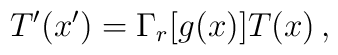
T^{\prime}(x^{\prime}) = \Gamma_{r}[g(x)] T(x)\, ,